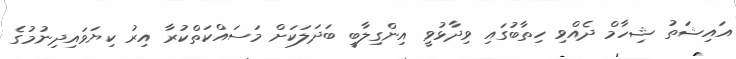
އައިޝަތު ޝިހާމް ދެއްވި ހިތާބުގައި ވިދާޅުވީ އިންގިލާބީ ބަދަލަކަށް މަސައްކަތްކުރާ އިރު ކިޔަވައިދިނުމުގެ